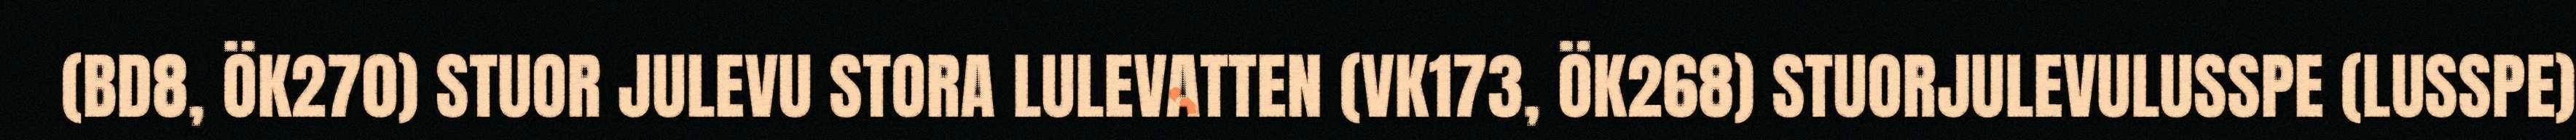
(BD8, ÖK270) STUOR JULEVU STORA LULEVATTEN (VK173, ÖK268) STUORJULEVULUSSPE (LUSSPE)